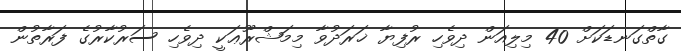
ގާތްގަނޑަކަށް 40 މިލިއަން ދިވެހި ރުފިޔާ ޚަރަދުވާ މިމަޝްރޫޢަކީ ދިވެހި ސަރުކާރުގެ ފަރާތުން